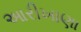
આરીખાણા